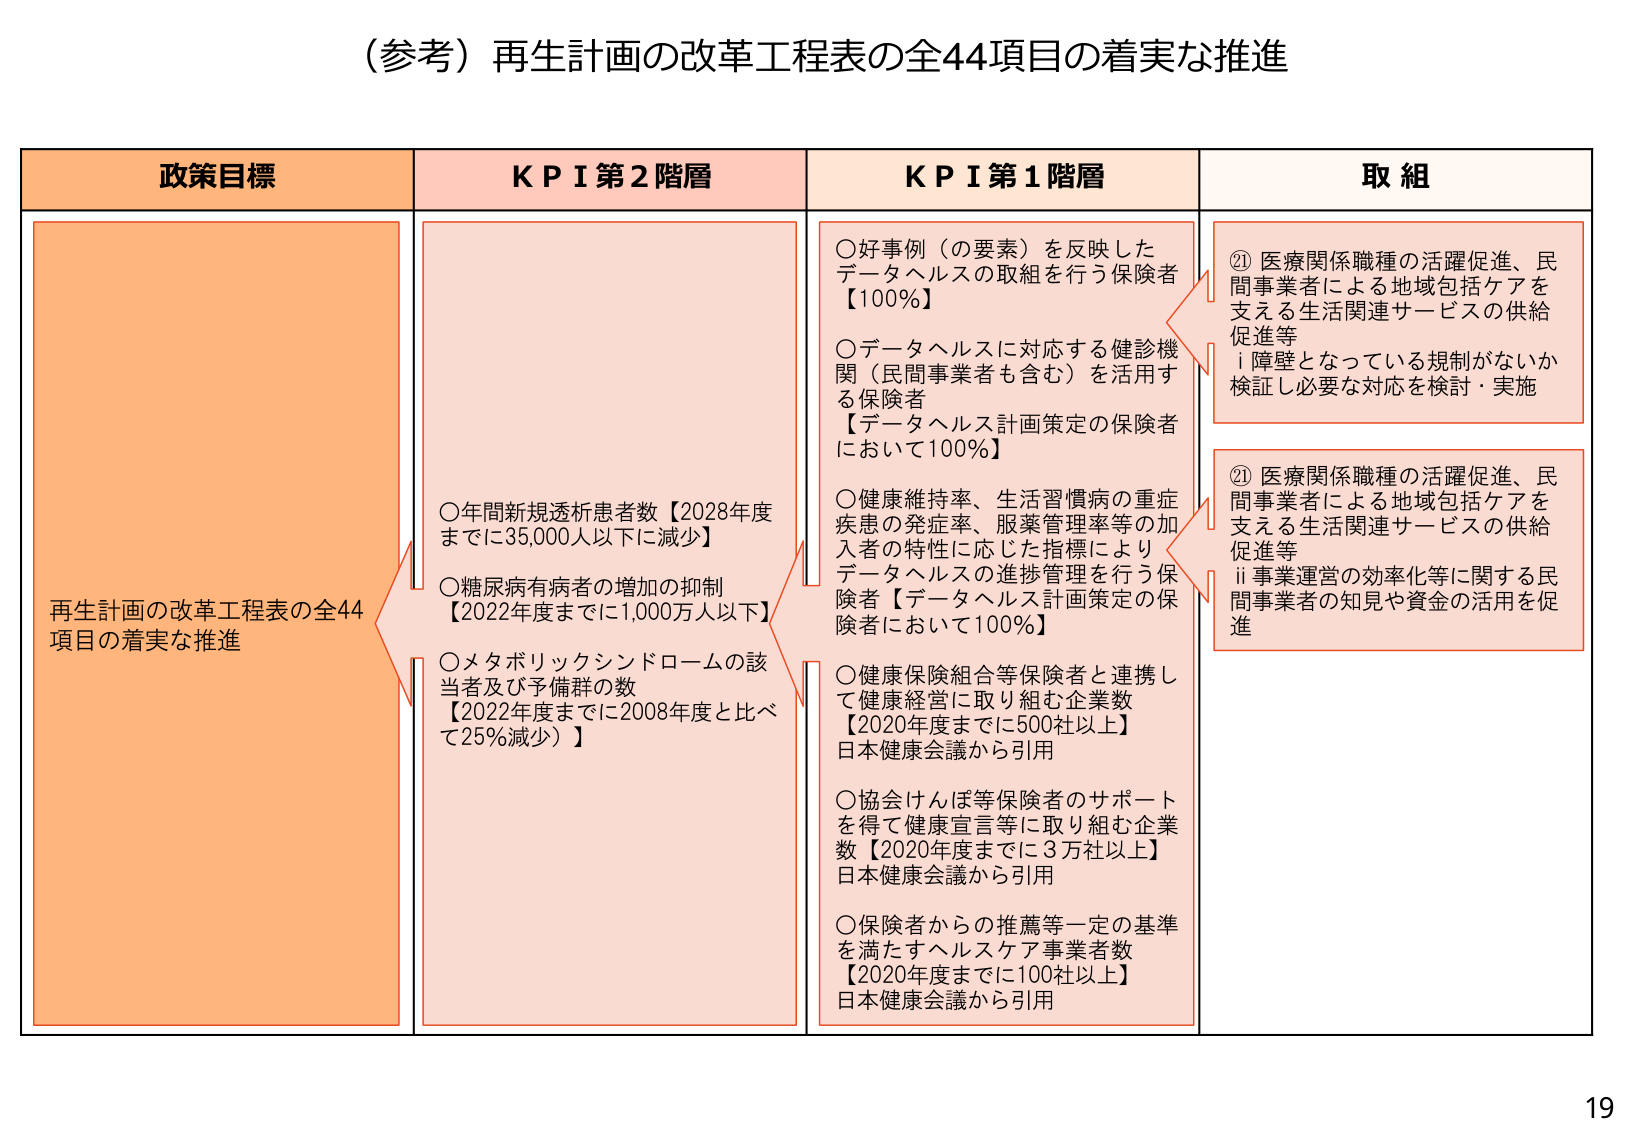
（参考）再生計画の改革工程表の全44項目の着実な推進

政策目標
再生計画の改革工程表の全44
項目の着実な推進

ＫＰＩ第２階層
○年間新規透析患者数【2028年度
までに35,000人以下に減少】
○糖尿病有病者の増加の抑制
【2022年度までに1,000万人以下】
○メタボリックシンドロームの該
当者及び予備群の数
【2022年度までに2008年度と比べ
て25％減少）】

ＫＰＩ第１階層
○好事例（の要素）を反映した
データヘルスの取組を行う保険者
【100％】
○データヘルスに対応する健診機
関（民間事業者も含む）を活用す
る保険者
【データヘルス計画策定の保険者
において100％】
○健康維持率、生活習慣病の重症
疾患の発症率、服薬管理率等の加
入者の特性に応じた指標により
データヘルスの進捗管理を行う保
険者【データヘルス計画策定の保
険者において100％】
○健康保険組合等保険者と連携し
て健康経営に取り組む企業数
【2020年度までに500社以上】
日本健康会議から引用
○協会けんぽ等保険者のサポート
を得て健康宣言等に取り組む企業
数【2020年度までに3万社以上】
日本健康会議から引用
○保険者からの推薦等一定の基準
を満たすヘルスケア事業者数
【2020年度までに100社以上】
日本健康会議から引用

取組
② 医療関係職種の活躍促進、民
間事業者による地域包括ケアを
支える生活関連サービスの供給
促進等
i 障壁となっている規制がないか
検証し必要な対応を検討・実施
② 医療関係職種の活躍促進、民
間事業者による地域包括ケアを
支える生活関連サービスの供給
促進等
ii 事業運営の効率化等に関する民
間事業者の知見や資金の活用を促
進

19